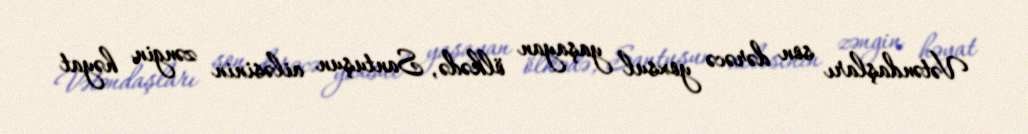
Vətəndaşları son dərəcə yoxsul yaşayan ölkədə, Santuşun ailəsinin zəngin həyat